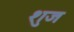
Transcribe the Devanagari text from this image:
शुज